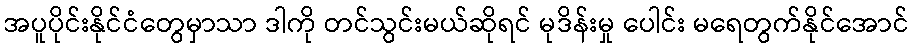
အပူပိုင်းနိုင်ငံတွေမှာသာ ဒါကို တင်သွင်းမယ်ဆိုရင် မုဒိန်းမှု ပေါင်း မရေတွက်နိုင်အောင်